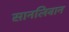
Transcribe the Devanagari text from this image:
सानलिवान